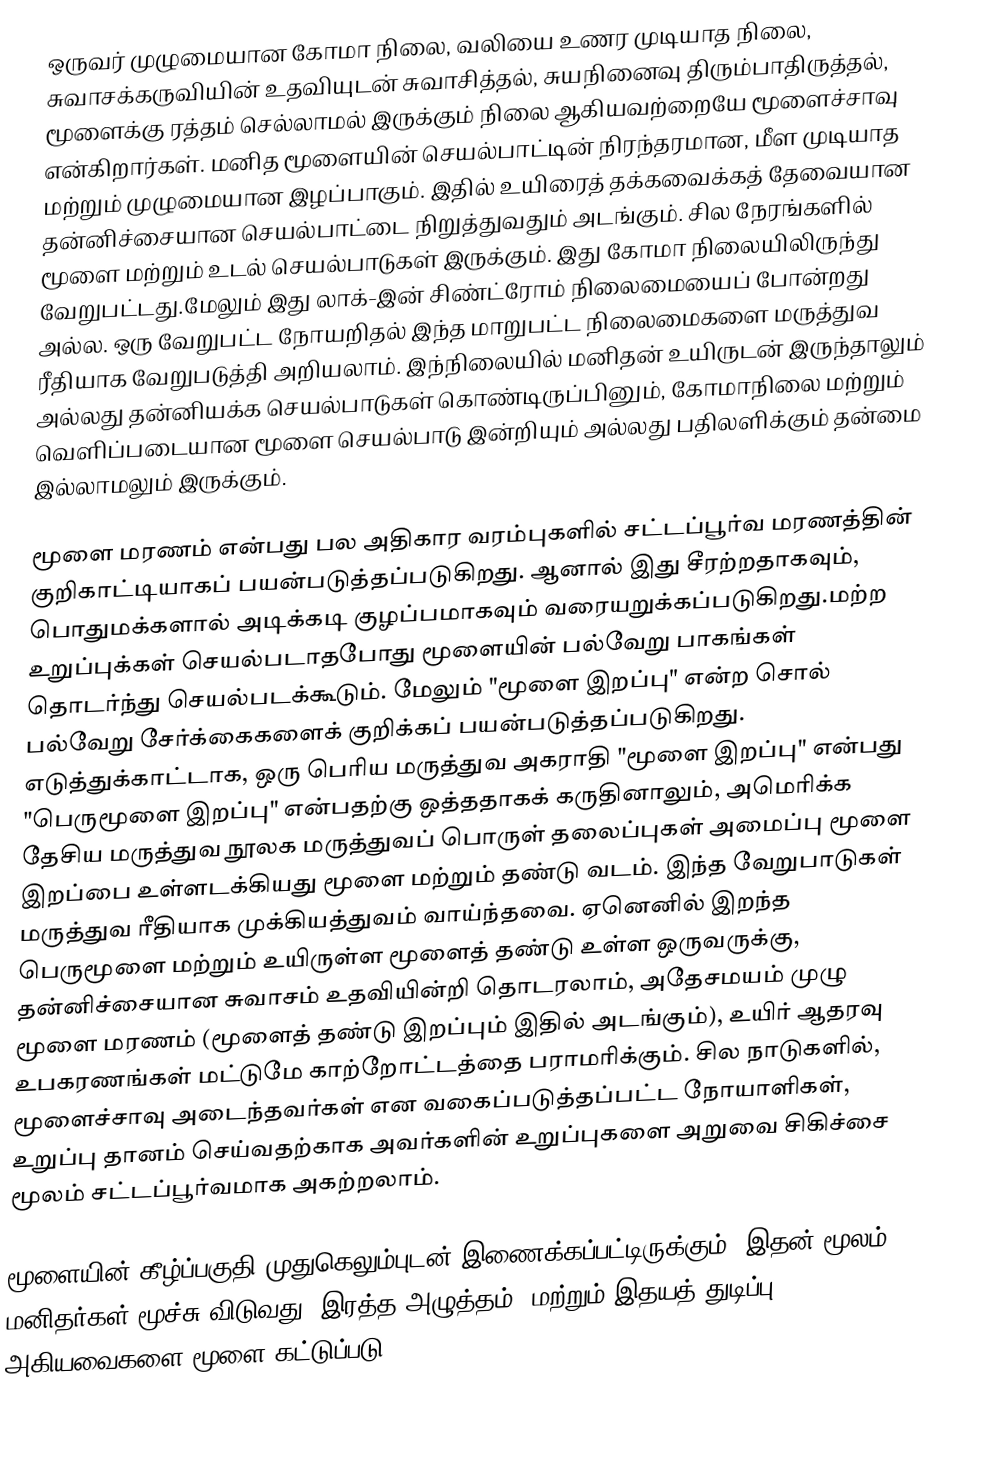
ஒருவர் முழுமையான கோமா நிலை, வலியை உணர முடியாத நிலை, சுவாசக்கருவியின் உதவியுடன் சுவாசித்தல், சுயநினைவு திரும்பாதிருத்தல், மூளைக்கு ரத்தம் செல்லாமல் இருக்கும் நிலை ஆகியவற்றையே மூளைச்சாவு என்கிறார்கள். மனித மூளையின் செயல்பாட்டின் நிரந்தரமான, மீள முடியாத மற்றும் முழுமையான இழப்பாகும். இதில் உயிரைத் தக்கவைக்கத் தேவையான தன்னிச்சையான செயல்பாட்டை நிறுத்துவதும் அடங்கும். சில நேரங்களில் மூளை மற்றும் உடல் செயல்பாடுகள் இருக்கும். இது கோமா நிலையிலிருந்து வேறுபட்டது.மேலும் இது லாக்-இன் சிண்ட்ரோம் நிலைமையைப் போன்றது அல்ல. ஒரு வேறுபட்ட நோயறிதல் இந்த மாறுபட்ட நிலைமைகளை மருத்துவ ரீதியாக வேறுபடுத்தி அறியலாம். இந்நிலையில் மனிதன் உயிருடன் இருந்தாலும் அல்லது தன்னியக்க செயல்பாடுகள் கொண்டிருப்பினும், கோமாநிலை மற்றும் வெளிப்படையான மூளை செயல்பாடு இன்றியும் அல்லது பதிலளிக்கும் தன்மை இல்லாமலும் இருக்கும்.

மூளை மரணம் என்பது பல அதிகார வரம்புகளில் சட்டப்பூர்வ மரணத்தின் குறிகாட்டியாகப் பயன்படுத்தப்படுகிறது. ஆனால் இது சீரற்றதாகவும், பொதுமக்களால் அடிக்கடி குழப்பமாகவும் வரையறுக்கப்படுகிறது.மற்ற உறுப்புக்கள் செயல்படாதபோது மூளையின் பல்வேறு பாகங்கள் தொடர்ந்து செயல்படக்கூடும். மேலும் "மூளை இறப்பு" என்ற சொல் பல்வேறு சேர்க்கைகளைக் குறிக்கப் பயன்படுத்தப்படுகிறது. எடுத்துக்காட்டாக, ஒரு பெரிய மருத்துவ அகராதி  "மூளை இறப்பு" என்பது "பெருமூளை இறப்பு"  என்பதற்கு ஒத்ததாகக் கருதினாலும், அமெரிக்க தேசிய மருத்துவ நூலக மருத்துவப் பொருள் தலைப்புகள் அமைப்பு மூளை இறப்பை உள்ளடக்கியது மூளை மற்றும் தண்டு வடம். இந்த வேறுபாடுகள் மருத்துவ ரீதியாக முக்கியத்துவம் வாய்ந்தவை. ஏனெனில் இறந்த பெருமூளை மற்றும் உயிருள்ள மூளைத் தண்டு உள்ள ஒருவருக்கு, தன்னிச்சையான சுவாசம் உதவியின்றி தொடரலாம், அதேசமயம் முழு மூளை மரணம் (மூளைத் தண்டு இறப்பும் இதில் அடங்கும்), உயிர் ஆதரவு உபகரணங்கள் மட்டுமே காற்றோட்டத்தை பராமரிக்கும். சில நாடுகளில், மூளைச்சாவு அடைந்தவர்கள் என வகைப்படுத்தப்பட்ட நோயாளிகள், உறுப்பு தானம் செய்வதற்காக அவர்களின் உறுப்புகளை அறுவை சிகிச்சை மூலம் சட்டப்பூர்வமாக அகற்றலாம்.

மூளையின் கீழ்ப்பகுதி முதுகெலும்புடன் இணைக்கப்பட்டிருக்கும்.   இதன் மூலம் மனிதர்கள் மூச்சு விடுவது, இரத்த அழுத்தம், மற்றும் இதயத் துடிப்பு அகியவைகளை மூளை கட்டுப்படு